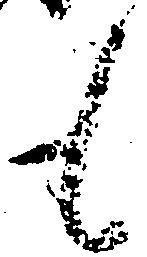
も